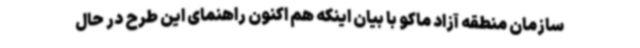
سازمان منطقه آزاد ماکو با بیان اینکه هم اکنون راهنمای این طرح در حال